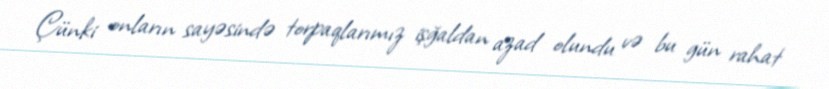
Çünki onların sayəsində torpaqlarımız işğaldan azad olundu və bu gün rahat